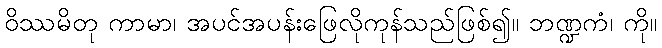
ဝိဿမိတု ကာမာ၊ အပင်အပန်းဖြေလိုကုန်သည်ဖြစ်၍။ ဘဏ္ဍကံ၊ ကို။